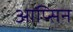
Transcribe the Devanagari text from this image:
आप्सिन